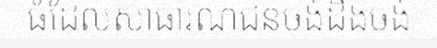
ធំដែលសាធារណជនចង់ដឹងចង់